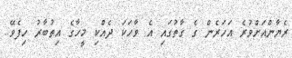
ރެޔާންއަށްވުރެ އަހަރެން ގެ ގާތުގައި އެ ވާހަކަ ދެއްކި މީހާގެ އިތުބާރު ހިފެވޭ..